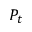
P _ { t }